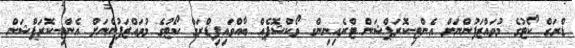
ޑްރަގް ކޯޓުގެ މުވައްޒަފުންނަށް އެންޓި-ކޮރަޕްޝަން ޓްރެއިނިންގ ވޯކްޝޮޕެއް ބާއްވައިފިޑްރަގް ކޯޓުގެ މުވައްޒަފުންނަށް އެންޓި-ކޮރަޕްޝަން